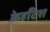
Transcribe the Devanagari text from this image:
केहटिश